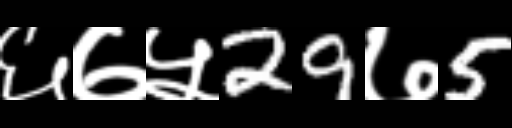
Text: ६७५29७5